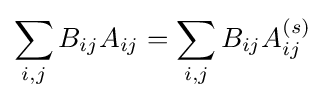
\sum _{i,j}B_{ij}A_{ij}=\sum _{i,j}B_{ij}A_{ij}^{(s)}